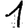
Digit: 1